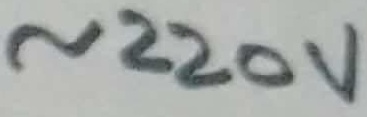
Text: ~220V